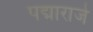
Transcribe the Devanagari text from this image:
पद्माराजे